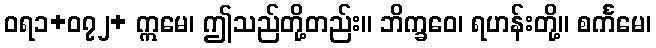
ဝရ၁+၀၇၂+ ဣမေ၊ ဤသည်တို့တည်း။ ဘိက္ခဝေ၊ ရဟန်းတို့။ စင်္ကမေ၊